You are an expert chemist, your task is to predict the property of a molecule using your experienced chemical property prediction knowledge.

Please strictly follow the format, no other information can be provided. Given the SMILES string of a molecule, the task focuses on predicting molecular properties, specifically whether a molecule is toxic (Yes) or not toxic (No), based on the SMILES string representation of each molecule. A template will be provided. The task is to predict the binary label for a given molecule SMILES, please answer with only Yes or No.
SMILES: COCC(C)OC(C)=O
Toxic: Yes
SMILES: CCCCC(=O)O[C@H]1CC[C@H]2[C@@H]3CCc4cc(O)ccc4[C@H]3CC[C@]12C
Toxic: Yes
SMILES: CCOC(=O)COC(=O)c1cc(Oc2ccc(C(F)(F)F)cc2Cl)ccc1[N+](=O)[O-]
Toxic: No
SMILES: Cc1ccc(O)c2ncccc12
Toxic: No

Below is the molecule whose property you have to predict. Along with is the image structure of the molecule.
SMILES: COCC(O)CO
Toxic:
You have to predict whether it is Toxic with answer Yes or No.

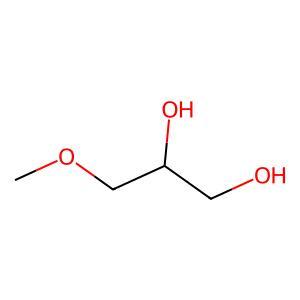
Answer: No